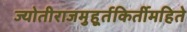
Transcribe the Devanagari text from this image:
ज्योतीराजमुहूर्तकिर्तीमहिते